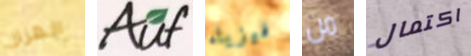
الهزاز Auf فيزياء من اكتمال